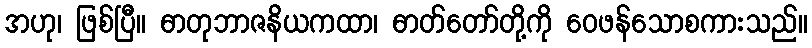
အဟု၊ ဖြစ်ပြီ။ ဓာတုဘာဇနိယကထာ၊ ဓာတ်တော်တို့ကို ဝေဖန်သောစကားသည်။